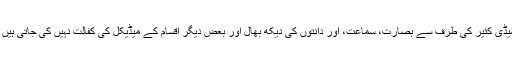
میڈی کئیر کی طرف سے بصارت، سماعت، اور دانتوں کی دیکھ بھال اور بعض دیگر اقسام کے میڈیکل کی کفالت نہیں کی جاتی ہیں ۔